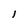
Character: 1